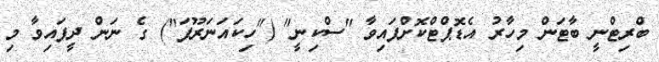
ބްރިޓްނީ ބާޓަން މިހާރު އެޑޮޕްޓްކޮށްފައިވާ "ސްކިނީ" ("ހިކައަނަރޫފަ") ގެ ނަން ދީފައިވާ މި